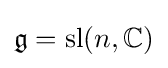
{\mathfrak {g}}=\operatorname {sl} (n,\mathbb {C} )